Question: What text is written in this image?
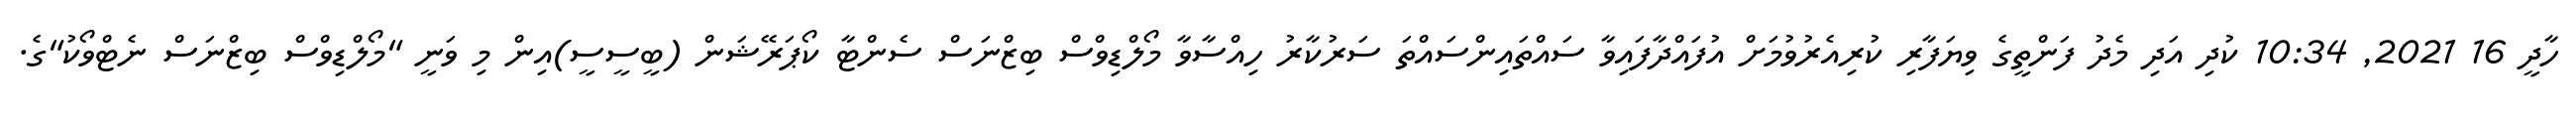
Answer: ހާދީ 16 2021, 10:34 ކުދި އަދި މެދު ފަންތީގެ ވިޔަފާރި ކުރިއެރުވުމަށް އުފައްދާފައިވާ ސައްތައިންސައްތަ ސަރުކާރު ހިއްސާވާ މޯލްޑިވްސް ބިޒްނަސް ސެންޓާ ކޯޕަރޭޝަން (ބީސީސީ)އިން މި ވަނީ "މޯލްޑިވްސް ބިޒްނަސް ނެޓްވޯކު"ގެ.